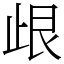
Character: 𣥦